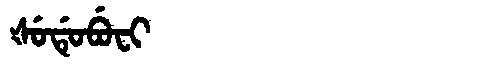
Manchu: ᡧᡠᡩᡠᠪᡠᠸᡳ
Romanization: ŠUDUBUFI